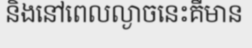
និងនៅពេលល្ងាចនេះគឺមាន